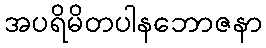
အပရိမိတပါနဘောဇနာ